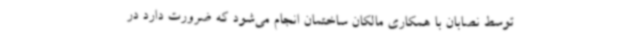
توسط نصابان با همکاری مالکان ساختمان انجام می‌شود که ضرورت دارد در